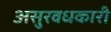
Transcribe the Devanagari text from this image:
असुरवधकारी